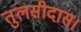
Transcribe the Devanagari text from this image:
तुलसीदास।